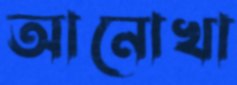
আনোখা